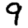
Digit: 9